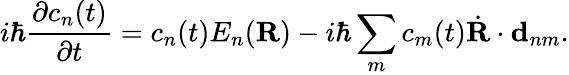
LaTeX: i\hbar\frac{\partial c_{n}(t)}{\partial t}=c_{n}(t)E_{n}(\textbf{R})-i\hbar\sum_{m}c_{m}(t)\dot{\textbf{R}}\cdot\textbf{d}_{nm}.